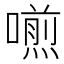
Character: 𠿏